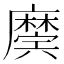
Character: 𢋲